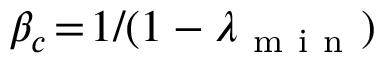
\beta _ { c } \! = \! 1 / ( 1 - \lambda _ { \mathrm { ~ m ~ i ~ n ~ } } )